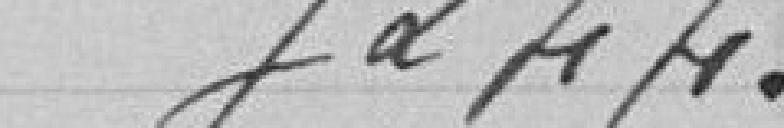
7244.